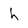
Character: h